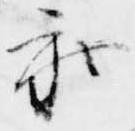
参